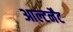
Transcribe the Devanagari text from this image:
आल्टर्नेंट